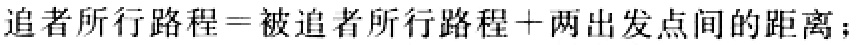
追者所行路程=被追者所行路程+两出发点间的距离；